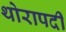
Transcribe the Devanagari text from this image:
थोरापदी